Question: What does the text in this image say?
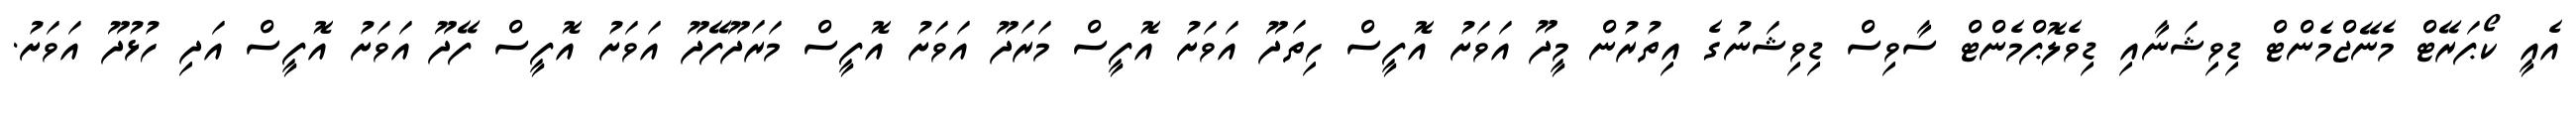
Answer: އެއީ ކޯޕަރޭޓް މެނޭޖްމެންޓް ޑިވިޝަނާއި ޑިވެލޮޕްމެންޓް ސާވިސް ޑިވިޝަނުގެ އިތުރުން މީދޫ އަވަށު އޮފީސް ހިތަދޫ އަވަށު އޮފީސް މަރަދޫ އަވަށު އޮފީސް މަރަދޫފޭދޫ އަވަށު އޮފީސް ފޭދޫ އަވަށު އޮފީސް އަދި ހުޅުދޫ އަވަށު.